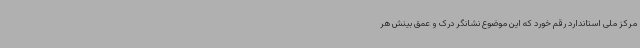
مرکز ملی استاندارد رقم خورد که این موضوع نشانگر درک و عمق بینش هر